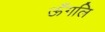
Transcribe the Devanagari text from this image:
ऊँगलि